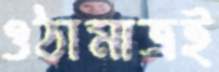
ওঠামাত্রই